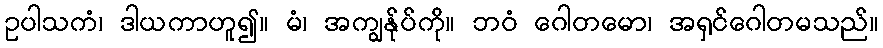
ဥပါသကံ၊ ဒါယကာဟူ၍။ မံ၊ အကျွန်ုပ်ကို။ ဘဝံ ဂေါတမော၊ အရှင်ဂေါတမသည်။